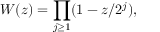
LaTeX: W ( z ) = \prod _ { j \geq 1 } ( 1 - z / 2 ^ { j } ) ,